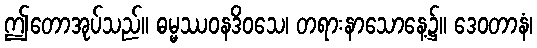
ဤတောအုပ်သည်။ ဓမ္မဿဝနဒိဝသေ၊ တရားနာသောနေ့၌။ ဒေဝတာနံ၊